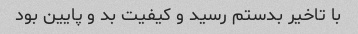
با تاخیر بدستم رسید و کیفیت بد و پایین بود